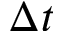
\Delta t